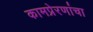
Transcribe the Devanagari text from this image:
कामप्रेरणांचा